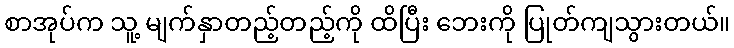
စာအုပ်က သူ့ မျက်နှာတည့်တည့်ကို ထိပြီး ဘေးကို ပြုတ်ကျသွားတယ်။